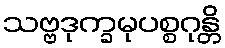
သဗ္ဗဒုက္ခမုပစ္စဂုန္တိ